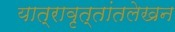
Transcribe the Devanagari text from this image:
यात्रावृत्तांतलेखन